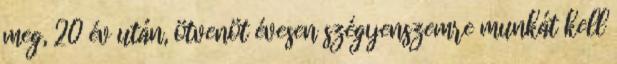
meg, 20 év után, ötvenöt évesen szégyenszemre munkát kell